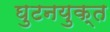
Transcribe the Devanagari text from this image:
घुटनयुक्त